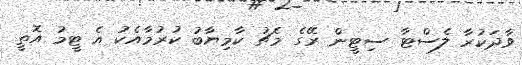
ވާދަކުރާ ލެސްޓާ ސިޓީން ރޭގެ މެޗު ކާމިޔާބު ކުރުމާއެކު އެ ޓީމު އޮތީ